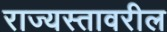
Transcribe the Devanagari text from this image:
राज्यस्तावरील